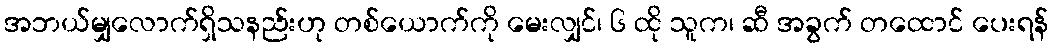
အဘယ်မျှလောက်ရှိသနည်းဟု တစ်ယောက်ကို မေးလျှင်၊ ၆ ထို သူက၊ ဆီ အခွက် တထောင် ပေးရန်